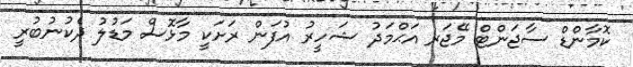
ކޮމާންޑް ސާޖަންޓް މޭޖަރ އަޙްމަދު ޝަހީރު އުފަން ރަށަކީ މާޅޮސް މަޑުލު ދެކުނުބުރީ